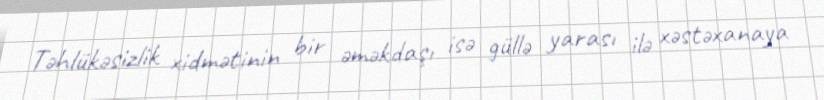
Təhlükəsizlik xidmətinin bir əməkdaşı isə güllə yarası ilə xəstəxanaya